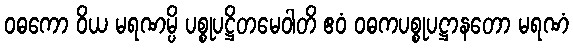
ဝဓကော ဝိယ မရဏမ္ပိ ပစ္စုပဋ္ဌိတမေဝါတိ ဧဝံ ဝဓကပစ္စုပဋ္ဌာနတော မရဏံ